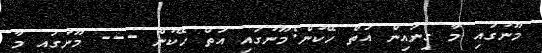
މޫނުގައި މާ ގިނައިން އަތް ހޭކުން:މޫނުގައި އަތް ހޭކުން --- މޫނުގައި މާ